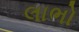
લાભો